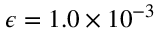
\epsilon = 1 . 0 \times 1 0 ^ { - 3 }